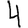
Digit: 4